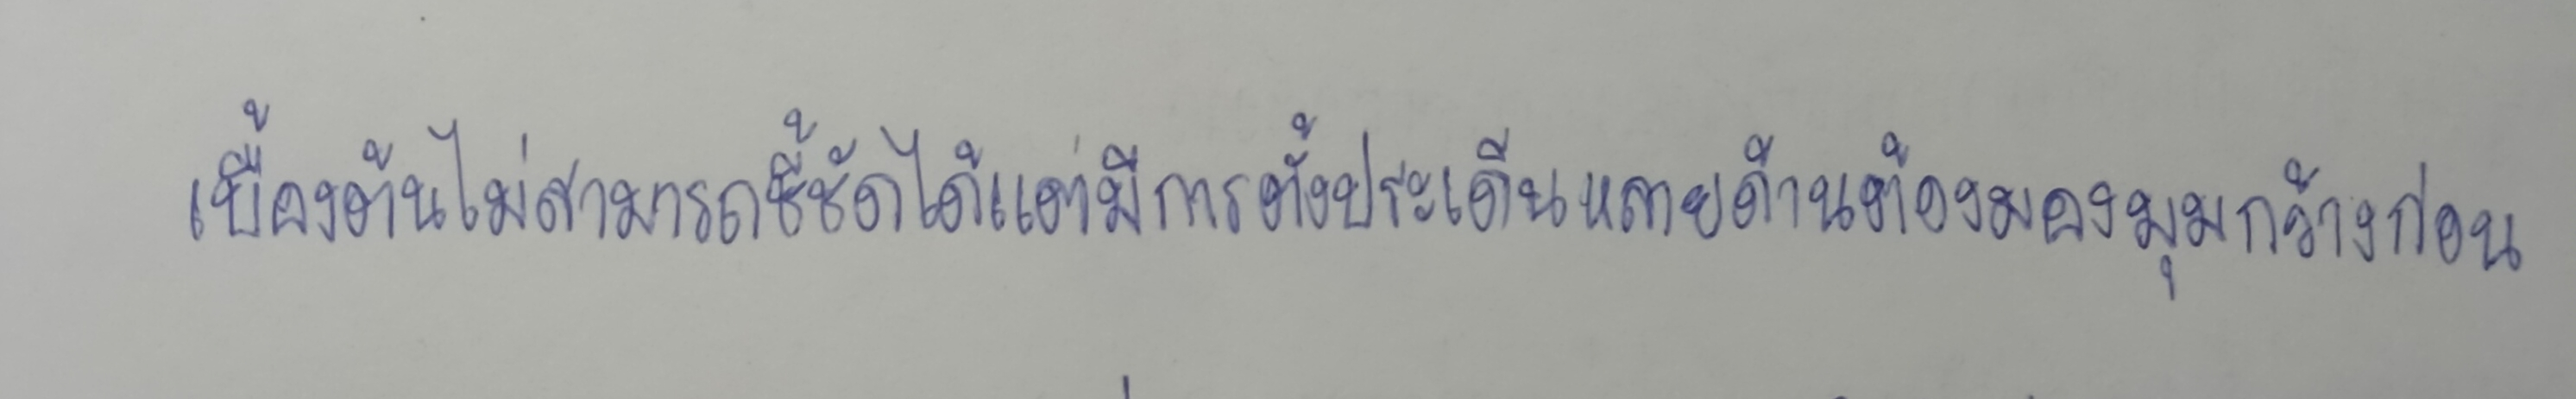
เบื้องต้นไม่สามารถชี้ชัดได้แต่มีการตั้งประเด็นหลายด้านต้องมองมุมกว้างก่อน